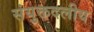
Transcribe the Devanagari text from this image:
संयुक्तदलीय